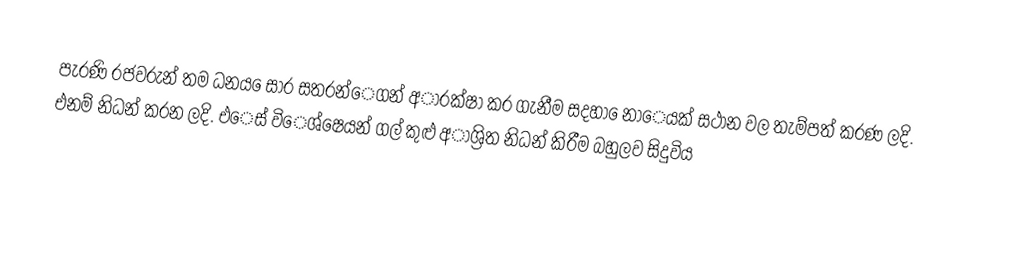
පැරණි රජවරුන් තම ධනය ෙසාර සතරන්ෙගන් අාරක්ෂා කර ගැනීම සදහා ෙනාෙයක් සථාන වල තැම්පත් කරණ ලදි. එනම් නිධන් කරන ලදි. එෙස් විෙශ්ෂෙයන් ගල් කුළු අාශ්‍රිත නිධන් කිරීම බහුලව සිදුවිය